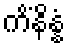
ကိံနိန္နံ